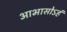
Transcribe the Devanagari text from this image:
आभासोऽहं